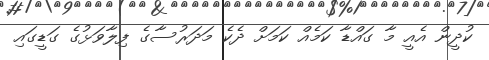
ކުދީން އެއީ މާ ގައްޑާ ކަމެއް ކަމަށް ދެކެ މަދަރުސާގެ ފިލާވަޅުގެ ގަޑީގައި